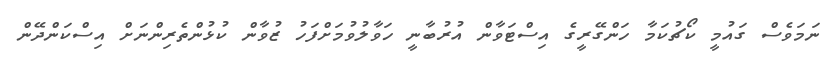
ނަމަވެސް ގައުމީ ކޯޗުކަމާ ހަންގޭރީގެ އިސްޓަވާން އުރުބާނީ ހަވާލުވުމަށްފަހު ޒުވާން ކުޅުންތެރިންނަށް އިސްކަންދޭން